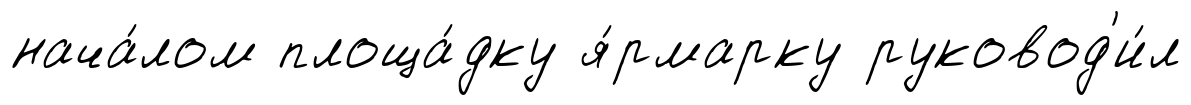
нача́лом площа́дку я́рмарку руковод'и́л